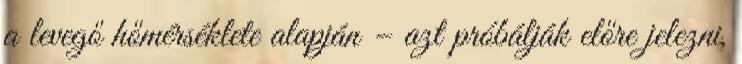
a levegő hőmérséklete alapján – azt próbálják előre jelezni,